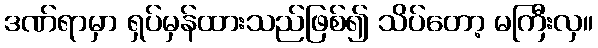
ဒဏ်ရာမှာ ရှပ်မှန်ထားသည်ဖြစ်၍ သိပ်တော့ မကြီးလှ။